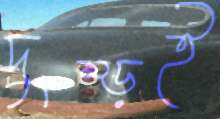
দুম্‌ড়ই